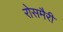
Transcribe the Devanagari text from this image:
रोसमैरी